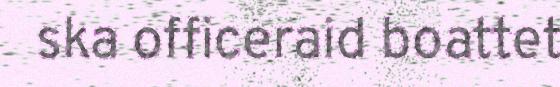
ska officeraid boattet